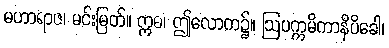
မဟာရာဇ၊ မင်းမြတ်။ ဣဓ၊ ဤလောက၌။ ဩပက္ကမိကာနိပိခေါ၊